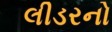
લીડરનો